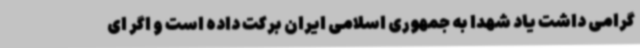
گرامی داشت یاد شهدا به جمهوری اسلامی ایران برکت داده است و اگر ای